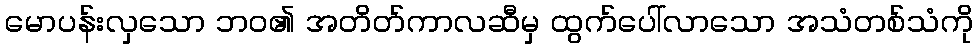
မောပန်းလှသော ဘဝ၏ အတိတ်ကာလဆီမှ ထွက်ပေါ်လာသော အသံတစ်သံကို